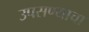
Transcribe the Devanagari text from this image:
उपसण्याचा